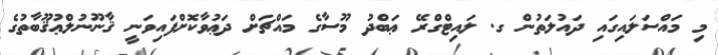
މި މައްސަލައިގައި ދައުލަތުން ގ. ލައިޓްގްރޭ ޢަބްދު މޫސާގެ މައްޗަށް ދަޢުވާކޮށްފައިވަނީ ޤާނޫނުލްޢުޤޫބާތުގެ